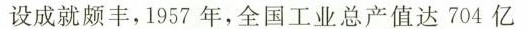
设成就颇丰，1957年，全国工业总产值达704亿